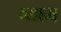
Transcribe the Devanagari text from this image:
ष्याम